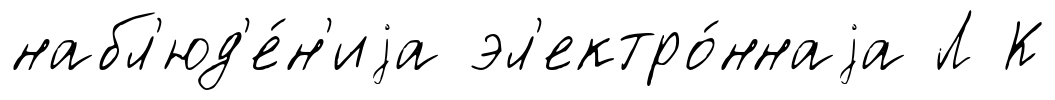
набл'юд'е́н'иjа эл'ектро́ннаjа Л К